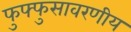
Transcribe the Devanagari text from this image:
फुफ्फुसावरणीय